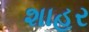
શાહર